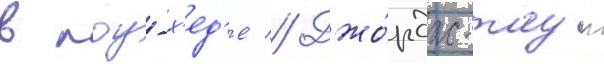
в лоу-х'ед'е // Джо́рдж-таун